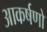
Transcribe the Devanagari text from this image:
आकर्षणो